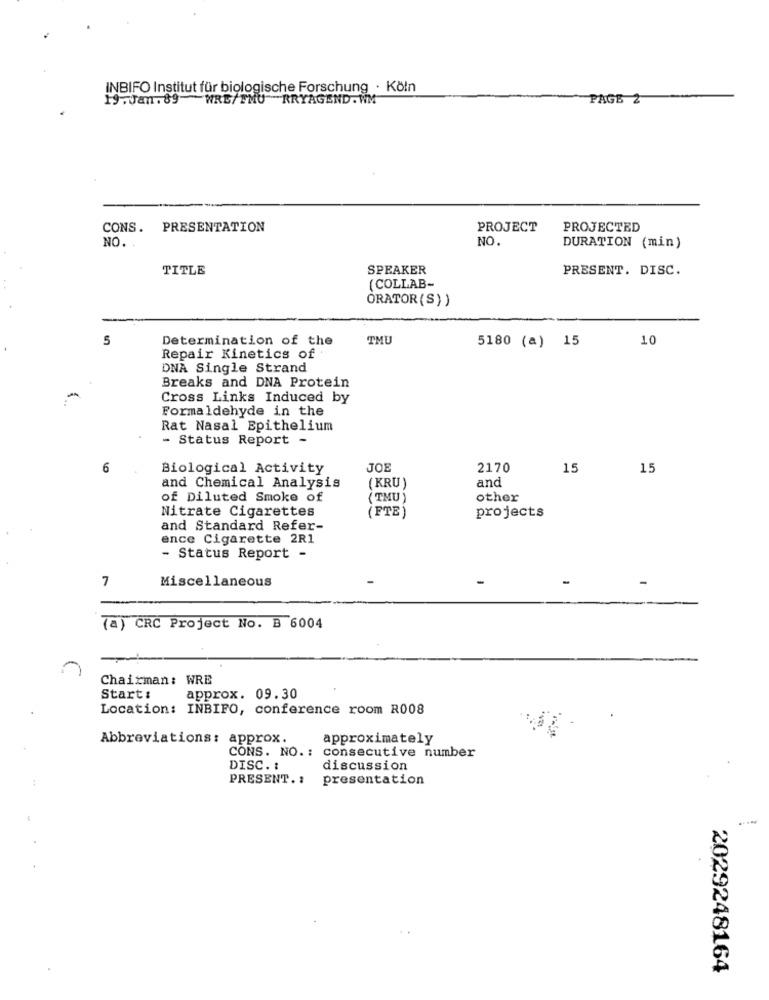
INBIFO Institut für biologische Forschung · Köln
19. Jan. 89 WRE/TMU RRYAGEND . WM
PAGE 2
CONS. PRESENTATION
PROJECT
PROJECTED
NO.
NO. .
DURATION (min)
TITLE
SPEAKER
PRESENT. DISC.
(COLLAB-
ORATOR(S))
5
Determination of the
TMU
5180 (a) 15
10
Repair Kinetics of
DNA Single Strand
Breaks and DNA Protein
Cross Links Induced by
Formaldehyde in the
Rat Nasal Epithelium
- Status Report -
Biological Activity
JOE
2170
15
15
and
and Chemical Analysis
( KRU )
of Diluted Smoke of
(TMU)
other
Nitrate Cigarettes
projects
FTE
and Standard Refer-
ence Cigarette 2R1
- Status Report -
7
Miscellaneous
(a) CRC Project No. B 6004
-
Chairman: WRE
Start:
approx. 09.30
Location: INBIFO, conference room R008
Abbreviations: approx.
approximately
CONS. NO. :
consecutive number
DISC. :
discussion
PRESENT. :
presentation
2029248164